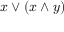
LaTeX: x \vee ( x \wedge y )